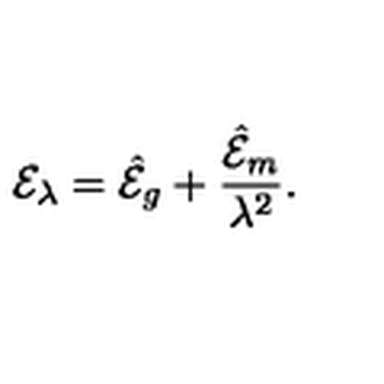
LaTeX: { \cal E } _ { \lambda } = { \hat { \cal E } } _ { g } + { \frac { { \hat { \cal E } } _ { m } } { \lambda ^ { 2 } } } . \,